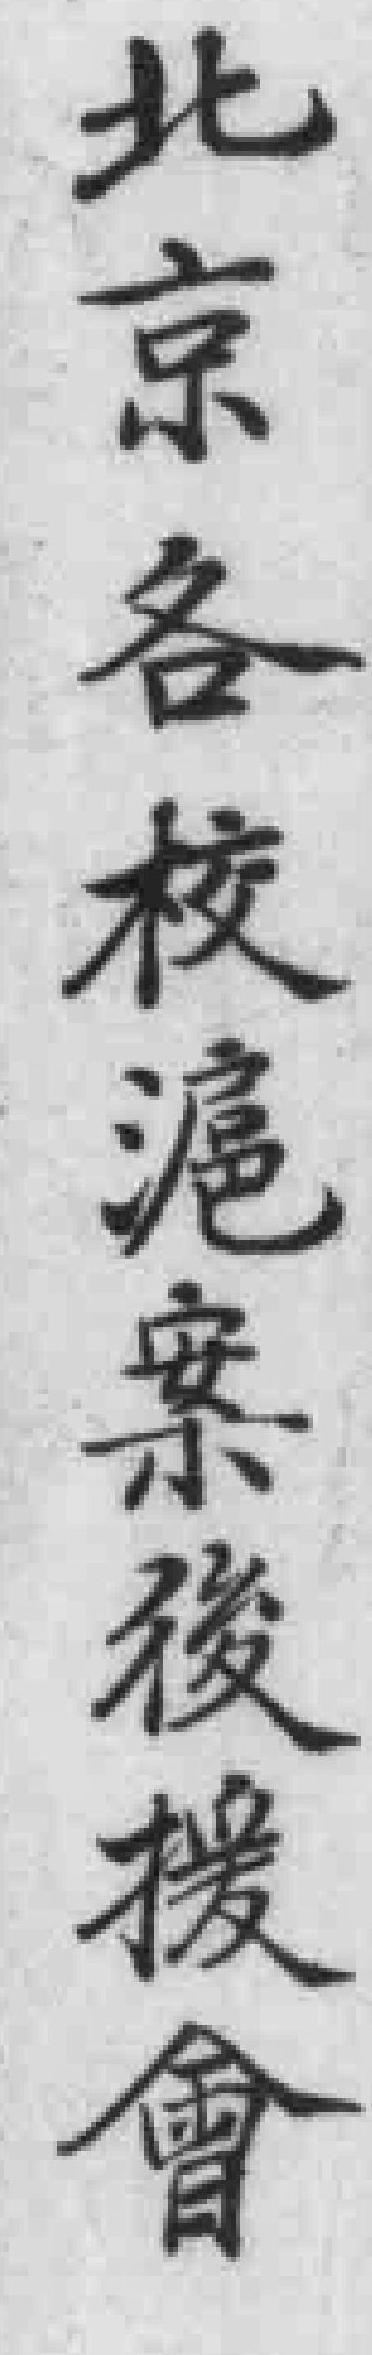
北京各校滬案後援會